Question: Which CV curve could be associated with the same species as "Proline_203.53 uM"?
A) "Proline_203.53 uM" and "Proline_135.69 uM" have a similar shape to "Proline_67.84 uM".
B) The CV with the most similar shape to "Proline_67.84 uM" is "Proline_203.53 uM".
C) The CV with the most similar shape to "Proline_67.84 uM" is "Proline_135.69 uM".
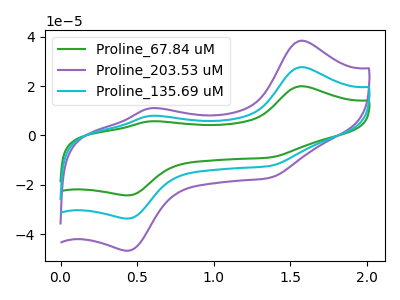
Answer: <think>The green curve "Proline_67.84 uM" has anodic peaks at (1.55V, 19.95uA) (0.60V, 5.70uA) and cathodic peaks at (0.45V, -24.30uA) (1.35V, -8.90uA). The purple curve "Proline_203.53 uM" has anodic peaks at (1.55V, 55.35uA) (0.60V, 15.80uA) and cathodic peaks at (0.45V, -67.40uA) (1.35V, -24.75uA). The cyan curve "Proline_135.69 uM" has anodic peaks at (1.55V, 27.70uA) (0.60V, 7.90uA) and cathodic peaks at (0.45V, -33.70uA) (1.35V, -12.35uA).
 All the peaks in "Proline_67.84 uM" have a peak in "Proline_203.53 uM" at the same potential. Every peak in "Proline_67.84 uM" is lower than every peak in "Proline_203.53 uM". All the peaks in "Proline_67.84 uM" have a peak in "Proline_135.69 uM" at the same potential. Every peak in "Proline_67.84 uM" is lower than every peak in "Proline_135.69 uM". All the peaks in "Proline_203.53 uM" have a peak in "Proline_135.69 uM" at the same potential. Every peak in "Proline_203.53 uM" is higher than every peak in "Proline_135.69 uM".</think>
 <answer>A) "Proline_203.53 uM" and "Proline_135.69 uM" have a similar shape to "Proline_67.84 uM".</answer>
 <eval>A</eval>